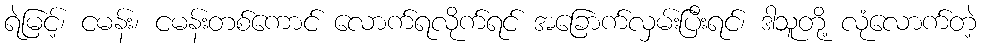
ရဲမြင့်၊ ငမန်း၊ ငမန်းတစ်ကောင် လောက်ရလိုက်ရင် အခြောက်လှမ်းပြီးရင်၊ ဒါသူတို့ လုံလောက်တဲ့